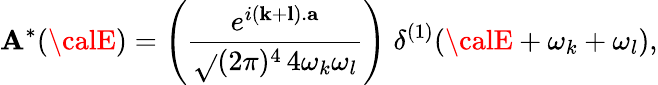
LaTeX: {\cal\mathbf{A}}^{*}({\calE})=\left(\frac{{e^{i({\mathbf{k}}+{\mathbf{l}}).{\mathbf{a}}}}}{{\sqrt{}{{(2\pi)^{4}\, 4\omega_{k}\omega_{l}}}}}\right)\; \delta^{(1)}({\calE}+\omega_{k}+\omega_{l}),